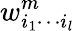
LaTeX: w_{i_{1}\cdots i_{l}}^{m}